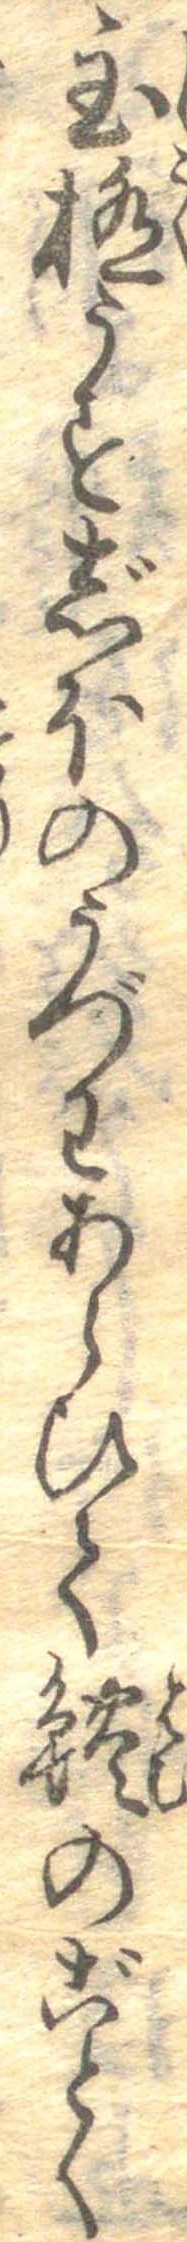
至極うすじほのうづわあらひて鱧のごとく